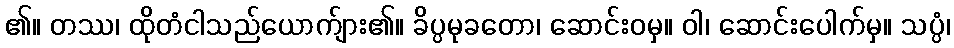
၏။ တဿ၊ ထိုတံငါသည်ယောက်ျား၏။ ခိပ္ပမုခတော၊ ဆောင်းဝမှ။ ဝါ၊ ဆောင်းပေါက်မှ။ သပ္ပံ၊